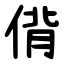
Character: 偝